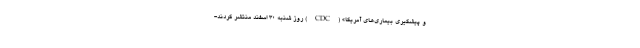
و پیشگیری بیماری‌های آمریکا» (CDC) روز شنبه ۳۰ اسفند منتشر کردند-